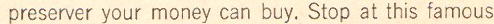
preserver your money can buy. Stop at this famous